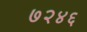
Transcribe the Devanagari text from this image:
७२४६